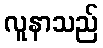
လူနာသည်